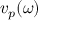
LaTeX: v _ { p } ( \omega )